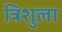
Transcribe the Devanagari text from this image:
त्रिशुला